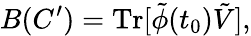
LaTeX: B(C^{\prime})=\mathrm{Tr}[\tilde{\phi}(t_{0})\tilde{V}],